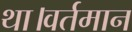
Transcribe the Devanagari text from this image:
था।वर्तमान